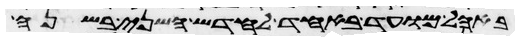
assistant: באהל מועד באחד לחדש השני בשנה